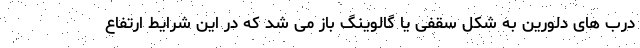
درب های دلورین به شکل سقفی یا گالوینگ باز می شد که در این شرایط ارتفاع